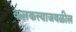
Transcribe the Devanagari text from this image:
कलकत्त्याजवळील